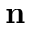
\mathbf { n }